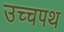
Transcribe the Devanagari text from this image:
उच्चपथ